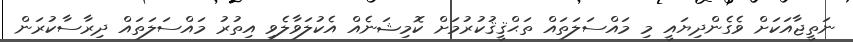
ނަތީޖާއަކަށް ވެގެންދިޔައީ މި މައްސަލަތައް ތަޙްޤީޤުކުރުމަށް ކޮމިޝަނެއް އެކުލަވާލެވި އިތުރު މައްސަލަތައް ދިރާސާކުރަން